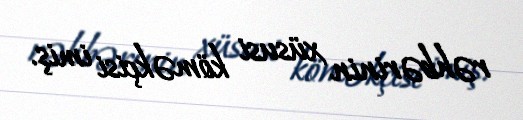
rəhbərinin xüsusi köməkçisi imiş.